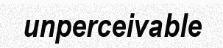
unperceivable